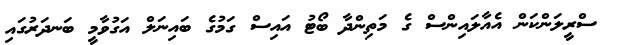
ސްރީލަންކަން އެއާލައިންސް ގެ މަތިންދާ ބޯޓު އައިސް ގަމުގެ ބައިނަލް އަގުވާމީ ބަނދަރުގައި